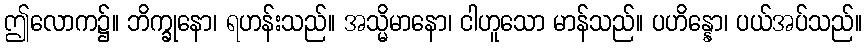
ဤလောက၌။ ဘိက္ခုနော၊ ရဟန်းသည်။ အသ္မိမာနော၊ ငါဟူသော မာန်သည်။ ပဟိန္နော၊ ပယ်အပ်သည်။